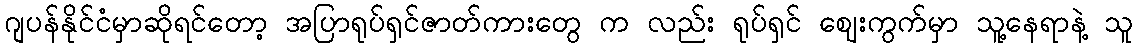
ဂျပန်နိုင်ငံမှာဆိုရင်တော့ အပြာရုပ်ရှင်ဇာတ်ကားတွေ က လည်း ရုပ်ရှင် ဈေးကွက်မှာ သူ့နေရာနဲ့ သူ